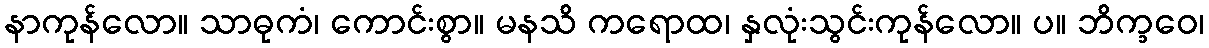
နာကုန်လော။ သာဓုကံ၊ ကောင်းစွာ။ မနသိ ကရောထ၊ နှလုံးသွင်းကုန်လော။ ပ။ ဘိက္ခဝေ၊